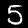
Digit: 5